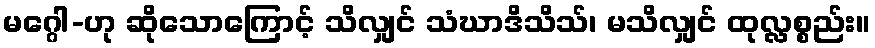
မဂ္ဂေါ-ဟု ဆိုသောကြောင့် သိလျှင် သံဃာဒိသိသ်၊ မသိလျှင် ထုလ္လစ္စည်း။